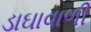
ડાઘાવાળી